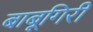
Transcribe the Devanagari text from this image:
बाबूगिरी